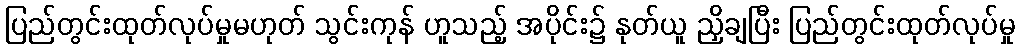
ပြည်တွင်းထုတ်လုပ်မှုမဟုတ် သွင်းကုန် ဟူသည့် အပိုင်း၌ နုတ်ယူ ညှိချပြီး ပြည်တွင်းထုတ်လုပ်မှု